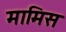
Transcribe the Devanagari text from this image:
मामिस